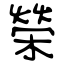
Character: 榮